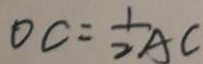
O C = \frac { 1 } { 2 } A C